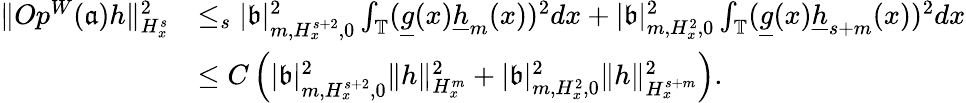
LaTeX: \begin{array}{rl}{\rVert Op^{W}(\mathfrak{a})h\rVert_{H_{x}^{s}}^{2}}&{\le_{s}|\mathfrak{b}|_{m,H_{x}^{s+2},0}^{2}\int_{\mathbb{T}}(\underline{{g}}(x)\underline{{h}}_{m}(x))^{2}dx+|\mathfrak{b}|_{m,H_{x}^{2},0}^{2}\int_{\mathbb{T}}(\underline{{g}}(x)\underline{{h}}_{s+m}(x))^{2}dx}\\ &{\le C\left(|\mathfrak{b}|_{m,H_{x}^{s+2},0}^{2}\rVert h\rVert_{H_{x}^{m}}^{2}+|\mathfrak{b}|_{m,H_{x}^{2},0}^{2}\rVert h\rVert_{H_{x}^{s+m}}^{2}\right).}\end{array}